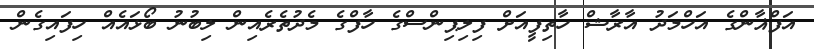
އަފްޣާންގެ އަހްމަދު އާރާޝް ހާތިފީއަށް ފިލިޕިންސްގެ ހާފްގެ މެދުތެރެއިން ލިބުނު ބޯޅައެއް ހިފައިގެން